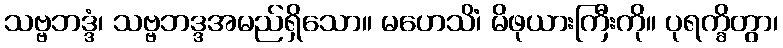
သဗ္ဗဘဒ္ဒံ၊ သဗ္ဗဘဒ္ဒအမည်ရှိသော။ မဟေသိံ၊ မိဖုယားကြီးကို။ ပုရက္ခိတွာ၊